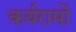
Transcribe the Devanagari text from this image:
कर्यरामों